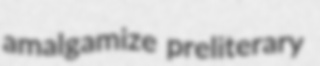
amalgamize preliterary